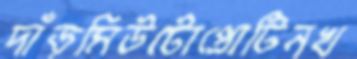
দাঁড়মিউটোপ্রোটিনখ